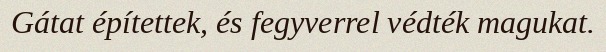
Gátat építettek, és fegyverrel védték magukat.